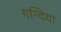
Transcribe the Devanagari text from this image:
गन्दिया